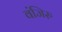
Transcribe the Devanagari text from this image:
वंजिरु